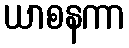
ယာစနကာ